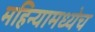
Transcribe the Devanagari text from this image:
महिन्यामध्येच